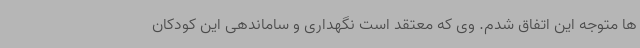
ها متوجه این اتفاق شدم. وی که معتقد است نگهداری و ساماندهی این کودکان